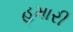
હમારી